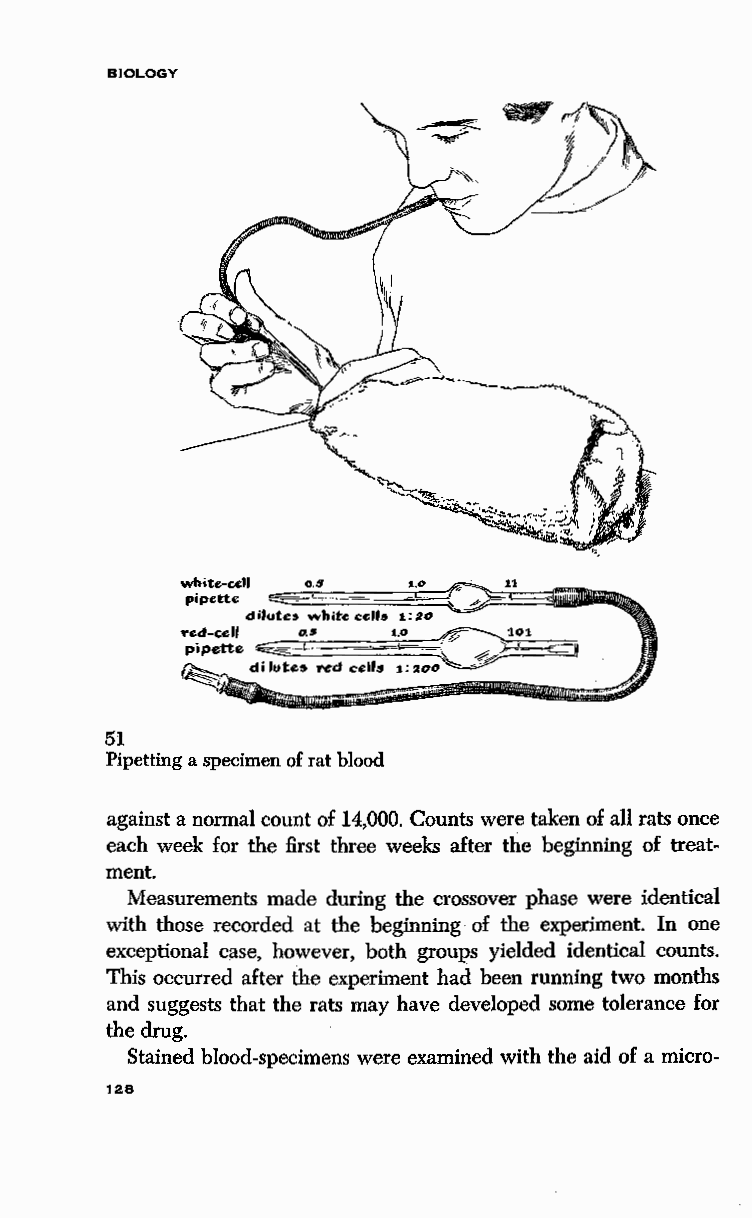
BIOLOGY
 white-all o.s  t.o ~ 11
 pipette --L-c~~~~-- -"
 dilutes white cell& 1: :zo
 '"c:d-cell o.s t.o ~ 101
 pipette ~~- '-· -~: ¢,&P~=:if
 ~-  d•lutes .v:d cells 1::zoo~
 51
 Pipetting a specimen of rat blood
 against a normal count of 14,000. Counts were taken of all rats once
 each week for the first three weeks after the beginning of treat
 ment.
 Measurements made during the crossover phase were identical
 with those recorded at the beginning of the experiment. In one
 exceptional case, however, both groups yielded identical counts.
 This occurred after the experiment had been running two months
 and suggests that the rats may have developed some tolerance for
 the drug.
 Stained blood-specimens were examined with the aid of a micro-
 128